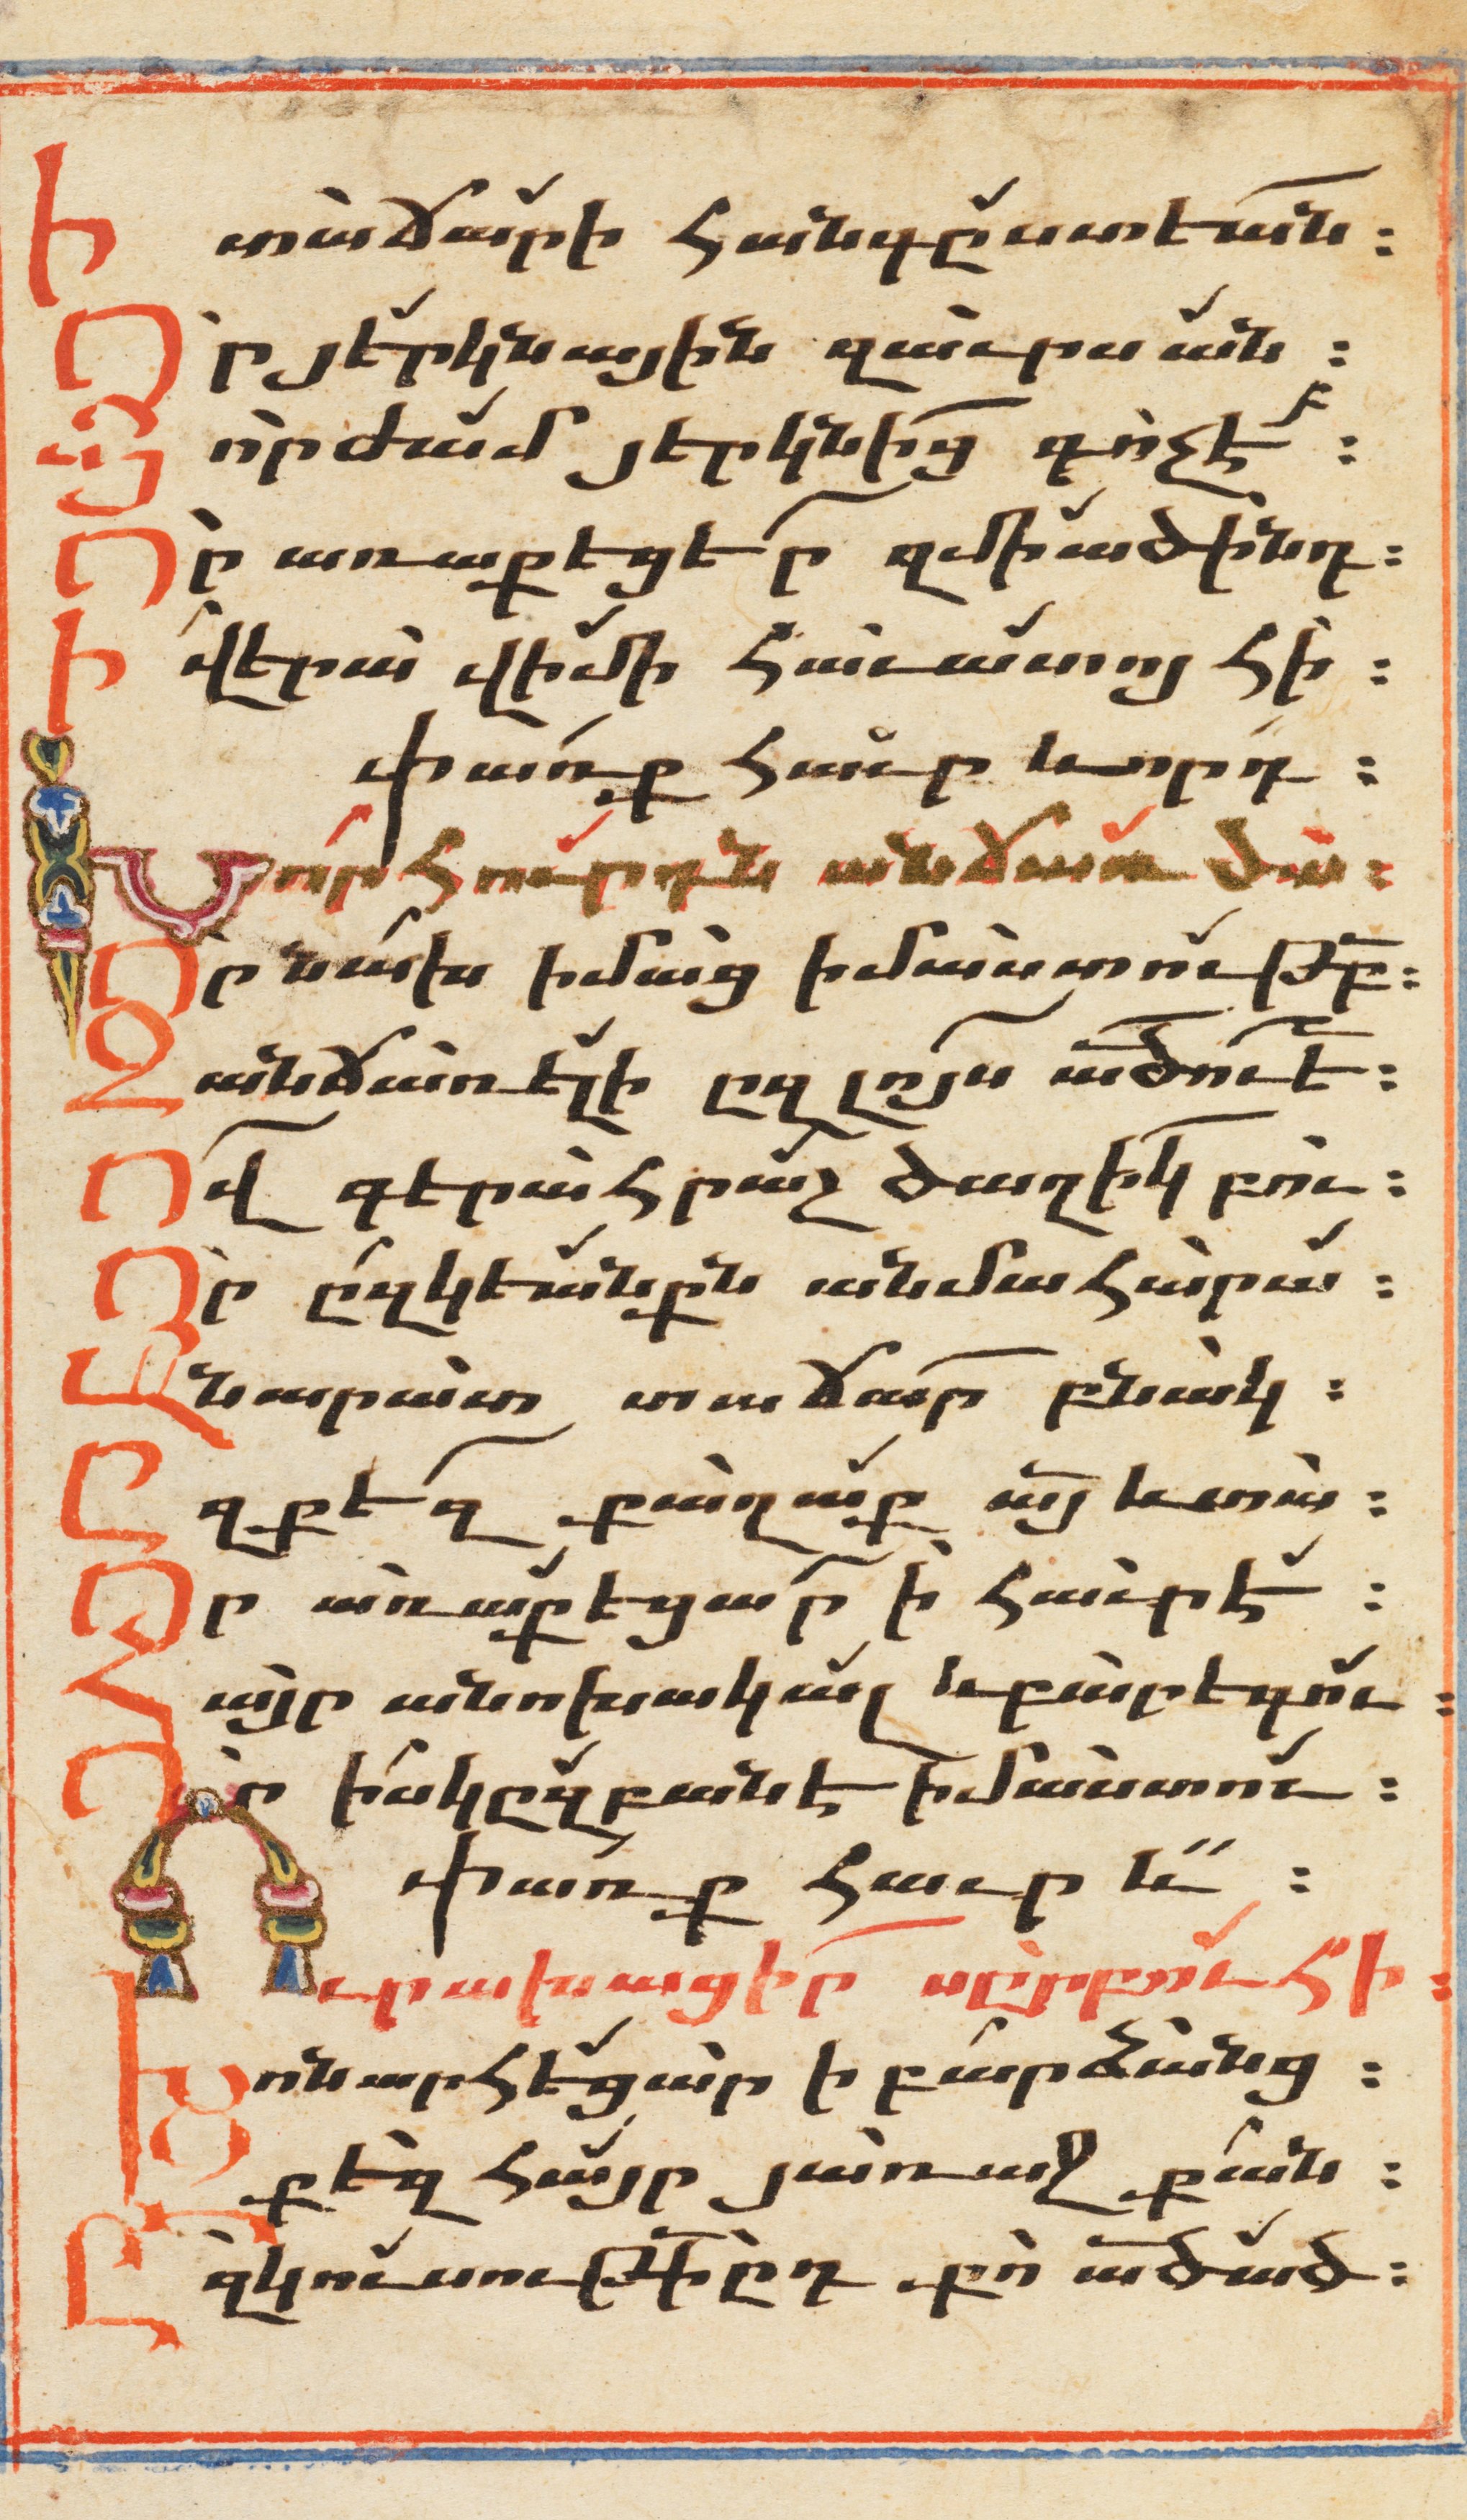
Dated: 1647–1647